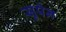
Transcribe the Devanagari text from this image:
सुपेन